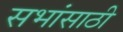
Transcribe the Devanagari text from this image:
सभांसाठी